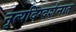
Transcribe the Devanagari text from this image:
नृत्यदिग्दर्शनात